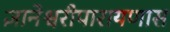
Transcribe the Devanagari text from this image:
ज्ञानेश्वरीपारायणास